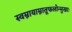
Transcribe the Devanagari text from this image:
स्वम्नायाम्नातूफलोन्मुखाः